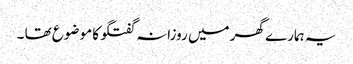
یہ ہمارے گھر میں روزانہ گفتگو کا موضوع تھا ۔